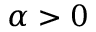
\alpha > 0